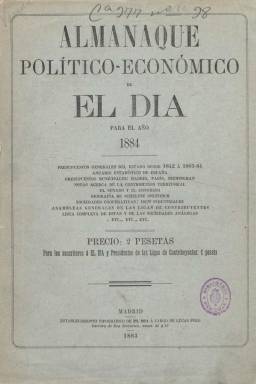
Título: Almanaque político-económico de El Día para el año ...
Otros títulos: Almanaque político económico de El Día para el año ...
Colección: Almanaques
Ámbito geográfico: Madrid
Lugar de publicación: Madrid
Fechas: 01/01/1884-31/12/1884

Publicación anual editada por la empresa del diario monárquico liberal moderado El Día (1881-1908), fundado y dirigido por Camilo Hurtado de Amézaga (1827-1888), tercer marqués de Riscal. En este caso corresponde al almanaque para 1884, único que forma parte de la colección de la Biblioteca Nacional de España, un año antes de que el diario pasara a ser propiedad de Segismundo Moret (1833-1913), coincidiendo con su incorporación al Partido Liberal de Práxedes Mateo Sagasta (1825-1903).

Es un volumen que supera ampliamente los dos centenares de páginas, compuestas a dos columnas, y carentes de cualquier ilustración, si se exceptúan las que acompañan a algunos anuncios publicitarios que van insertos en las primeras y últimas páginas. Al final, contiene un índice de materias.

Comienza con una serie de calendarios para este año bisiesto de 1884 (judío, musulmán, cristiano o perpetuo), para a continuación ofrecer un Anuario estadístico de España, firmado por el estadístico y geógrafo –además de corresponsal de El Día– Manuel Escudé Bartolí (1856-1930), así como los datos correspondientes a población, superficie, tributos, comercio, carreteras o ferrocarriles, y de las provincias españolas (por orden alfabético). Incluye los datos de los presupuestos generales del Estado desde 1842 a 1884 y las sociedades empresariales constituidas desde 1880 a 1882.

Asimismo, el economista y especialista en cuestiones de Ultramar Félix de Bona (1821-1889) firma un artículo sobre los presupuestos municipales de Madrid, París y Birmingham. También aparecen relaciones de los diputados y senadores españoles, de los consejeros de grandes compañías y del personal de la administración militar española, o los acuerdos de la Asamblea de las Ligas de Contribuyentes, entre otras informaciones, como la correspondiente a la contribución territorial en España, además de las unas crónicas de 1882 y de enero a septiembre de 1883.